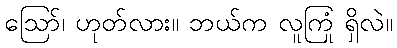
ဪ၊ ဟုတ်လား။ ဘယ်က လူကြုံ ရှိလဲ။